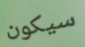
سيكون